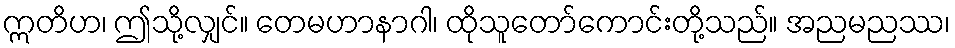
ဣတိဟ၊ ဤသို့လျှင်။ တေမဟာနာဂါ၊ ထိုသူတော်ကောင်းတို့သည်။ အညမညဿ၊